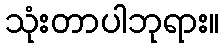
သုံးတာပါဘုရား။